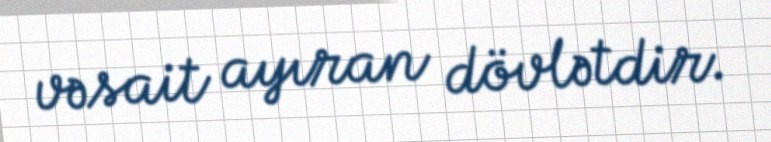
vəsait ayıran dövlətdir.